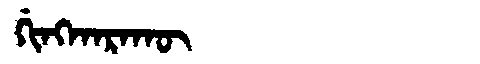
Manchu: ᡤᡳᠩᡴᠠᡵᠠᡴᡡ
Romanization: GINGKARAKŪ